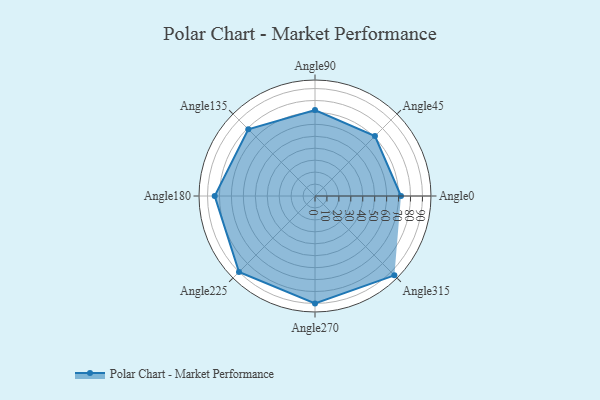
{"axis": {"x": "Angle", "y": "Radius"}, "legend": [""], "data": [{"x": "Angle0", "y": 72.0, "type": ""}, {"x": "Angle45", "y": 71.0, "type": ""}, {"x": "Angle90", "y": 72.0, "type": ""}, {"x": "Angle135", "y": 79.0, "type": ""}, {"x": "Angle180", "y": 84.0, "type": ""}, {"x": "Angle225", "y": 90.0, "type": ""}, {"x": "Angle270", "y": 90.0, "type": ""}, {"x": "Angle315", "y": 94.0, "type": ""}]}